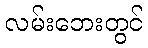
လမ်းဘေးတွင်